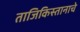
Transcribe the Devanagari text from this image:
ताजिकिस्तानाचे